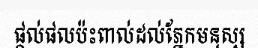
ផ្តល់ផលប៉ះពាល់ដល់ភ្នែកមនុស្ស